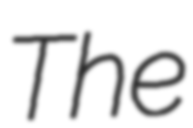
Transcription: The